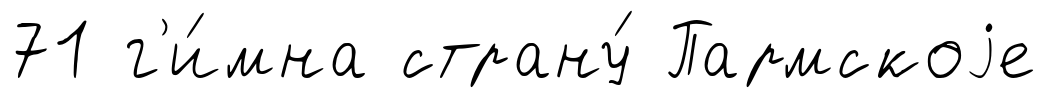
71 г'и́мна страну́ Пармскоjе